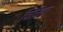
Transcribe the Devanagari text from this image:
चिंचिला